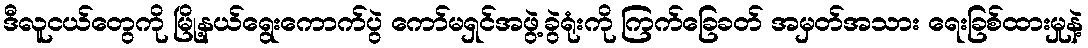
ဒီလူငယ်တွေကို မြို့နယ်ရွေးကောက်ပွဲ ကော်မရှင်အဖွဲ့ခွဲရုံးကို ကြက်ခြေခတ် အမှတ်အသား ရေးခြစ်ထားမှုနဲ့